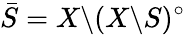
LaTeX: {\bar{S}}=X\backslash(X\backslash S)^{\circ}